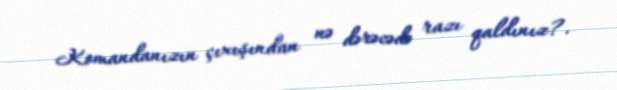
Komandanızın çıxışından nə dərəcədə razı qaldınız?.